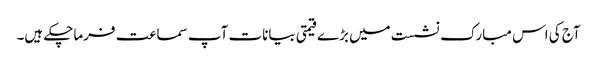
آج کی اس مبارک نشست میں بڑے قیمتی بیانات آپ سماعت فرماچکے ہیں۔